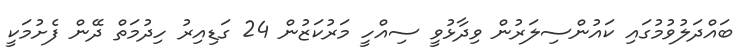
ބައްދަލުވުމުގައި ކައުންސިލަރުން ވިދާޅުވީ ސިއްހީ މަރުކަޒުން 24 ގަޑިއިރު ހިދުމަތް ދޭން ފެށުމަކީ